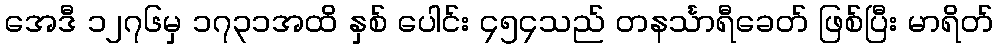
အေဒီ ၁၂၇၆မှ ၁၇၃၁အထိ နှစ် ပေါင်း ၄၅၄သည် တနင်္သာရီခေတ် ဖြစ်ပြီး မာရိတ်